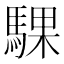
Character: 騍